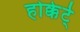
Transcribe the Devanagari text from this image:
होक्केर्ट्